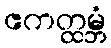
ဧကတ္ထမ္ဘံ